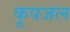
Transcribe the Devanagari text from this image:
कूपजल